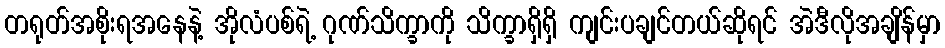
တရုတ်အစိုးရအနေနဲ့ အိုလံပစ်ရဲ့ ဂုဏ်သိက္ခာကို သိက္ခာရှိရှိ ကျင်းပချင်တယ်ဆိုရင် အဲဒီလိုအချိန်မှာ